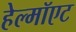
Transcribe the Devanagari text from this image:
हेल्मॉएट